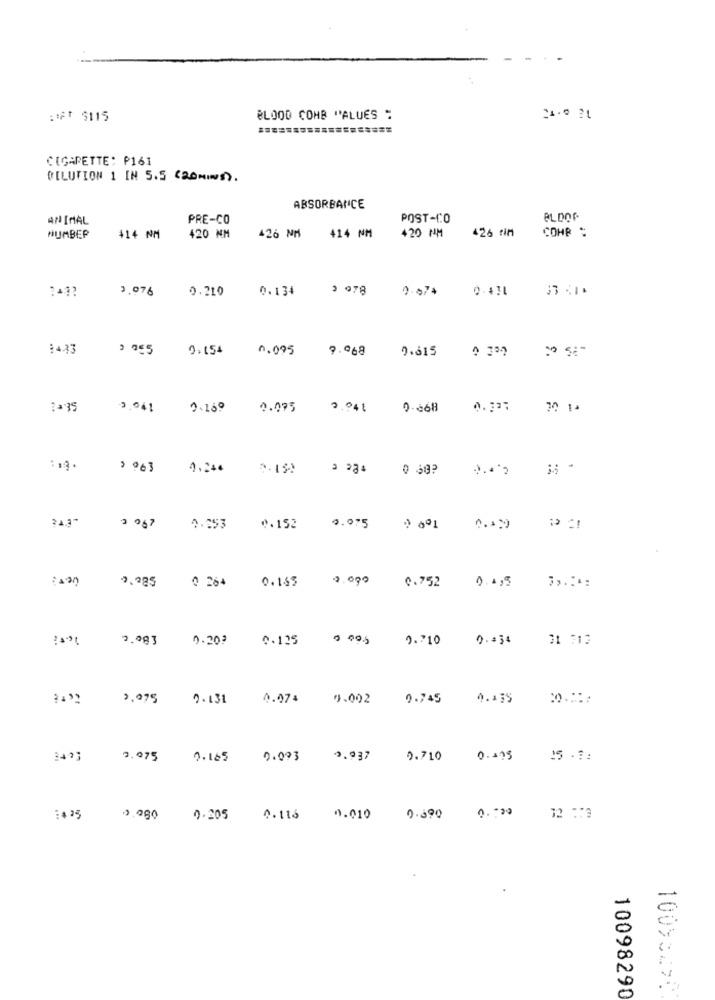
:### $115
BLOOD COMB "ALUES "
CIGARETTE: P161
DILUTION 1 IN 5.5 (20MINS).
ABSORBANCE
ANIMAL
PRE-CO
POST-CO
BLDOF
420 NM
COMP :
HUMBER
414 NM
420 NM
426 NM 414 NM
426 rim
3.976
0.210
0.134
3 978
0.57+
2 055
0.154 0.095 9.068
9.615
110 ℃
0.095 9.041
0.668
0.337
30 14
2.150
0 30?
2067
4.253
0.152
0.075
9.285
0 264
2.090
0.752
0.495
0.155
2.083
0.203
0.125
0.710
0.+34
31 712
3.975
2.131
0.074
9.002
9.745
4.435
3.075
0.165
0.003
0.937
0.710
0.109
15 . 3:
0.000
1435
0.080
0.205
0.116
0.010
0.590
10093270
10098290